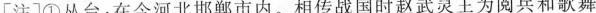
[注]①丛台：在今河北邯郸市内。相传战国时赵武灵王为阅兵和歌舞